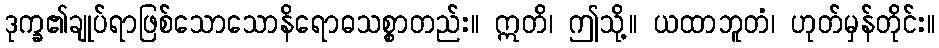
ဒုက္ခ၏ချုပ်ရာဖြစ်သောသောနိရောဓသစ္စာတည်း။ ဣတိ၊ ဤသို့။ ယထာဘူတံ၊ ဟုတ်မှန်တိုင်း။